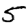
Digit: 5